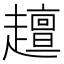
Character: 𧾍